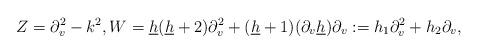
LaTeX: \begin{align*} Z=\partial_v^2-k^2,W=\underline{h}(\underline{h}+2)\partial_v^2+(\underline{h}+1)(\partial_v\underline{h})\partial_v:=h_1\partial_v^2+h_2\partial_v, \end{align*}